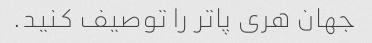
جهان هری پاتر را توصیف کنید.